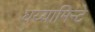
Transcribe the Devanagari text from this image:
घय्यामिन्टे